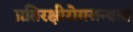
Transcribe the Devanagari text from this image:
प्रतिरक्षीरोगजन्यता